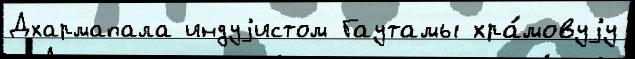
Дхармапала индуjистом Гаутамы хра́мовуjу